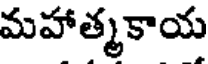
మహాత్మకాయ